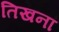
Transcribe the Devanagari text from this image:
तिखना